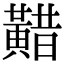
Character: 𪏈